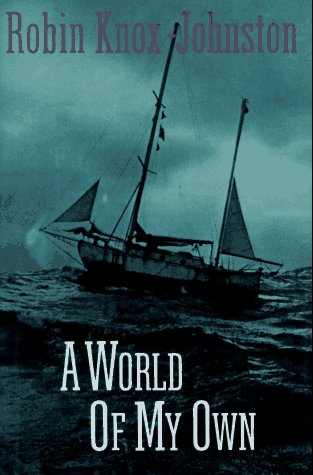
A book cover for A World of My Own (The mariner's library); Robin Knox-Johnston; Mystery, Thriller & Suspense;